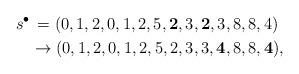
LaTeX: \begin{align*}s^{\bullet}&\,=(0,1,2,0,1,2,5,{\bf 2},{3},{\bf 2},{3},8,8,4)\\&\rightarrow (0,1,2,0,1,2,5,{2},{3},{3},{\bf 4},8,8,{\bf 4}),\end{align*}